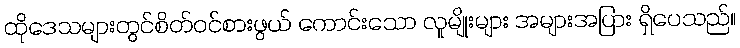
ထိုဒေသများတွင်စိတ်ဝင်စားဖွယ် ကောင်းသော လူမျိုးများ အများအပြား ရှိပေသည်။